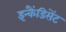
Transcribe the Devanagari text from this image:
इन्कैंडिसेंट